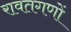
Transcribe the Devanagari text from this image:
रावतगणों